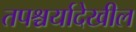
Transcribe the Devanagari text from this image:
तपश्चर्यादेखील